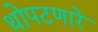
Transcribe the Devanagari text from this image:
थोपटणारे